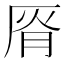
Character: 𰆟